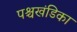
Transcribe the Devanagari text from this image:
पश्चखंडिका